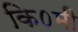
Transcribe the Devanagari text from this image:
कि०मी